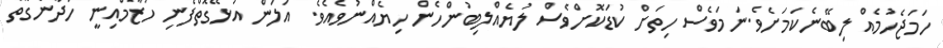
ހަމަޖެހުމެއް ލިބޭނެކަމަށެވެ.ނަމަވެސް ހިތަށް ކުޑަކޮށްވެސް ލުޔެއްލިބުންހެން ހިޔެއްނުވެއެވެ. އަލަން އުޅޭގޮތްފެނި ހުޒާމްއިނީ ހަދާނެގޮތް